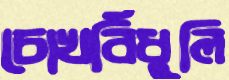
চোখবিঁধুলি